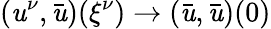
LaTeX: (\mathit{u}^{\nu},\bar{{\mathit{u}}})({\xi^{\nu}})\to(\bar{{\mathit{u}}},\bar{{\mathit{u}}})(0)